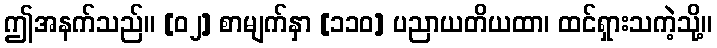
ဤအနက်သည်။ [၀၂] စာမျက်နှာ [၁၁၀] ပညာယတိယထာ၊ ထင်ရှားသကဲ့သို့။